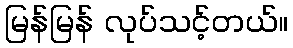
မြန်မြန် လုပ်သင့်တယ်။